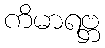
ကိမာရဗ္ဘ